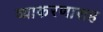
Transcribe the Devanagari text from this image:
व्याकरणासह